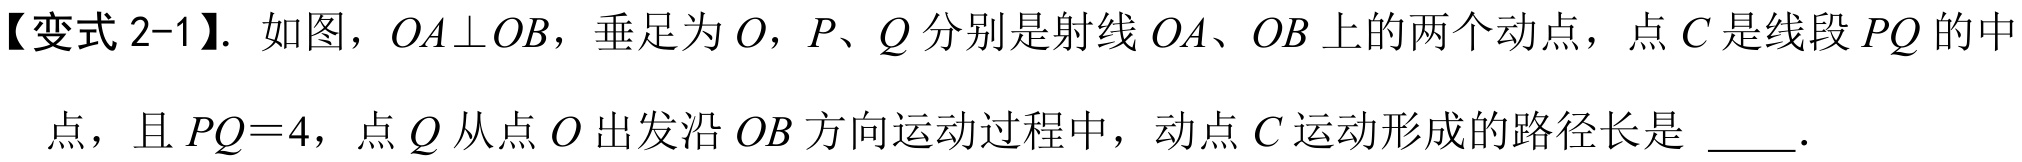
【变式2-1】. 如图，$OA\perp OB$，垂足为$O$，$P、Q$分别是射线$OA、OB$上的两个动点，点$C$是线段$PQ$的中点，且$PQ = 4$，点$Q$从点$O$出发沿$OB$方向运动过程中，动点$C$运动形成的路径长是  ．